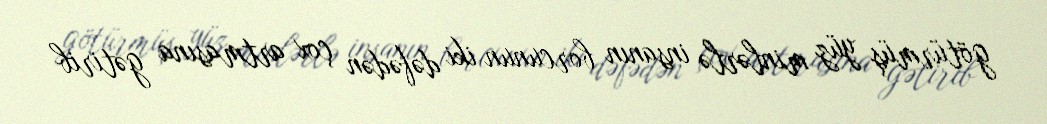
götürmüş yüz minlərlə insanın borcunun iki dəfədən çox artmasına gətirib